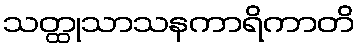
သတ္ထုသာသနကာရိကာတိ